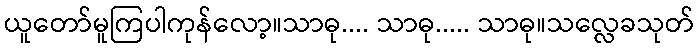
ယူတော်မူကြပါကုန်လော့။သာဓု.... သာဓု..... သာဓု။သလ္လေခသုတ်